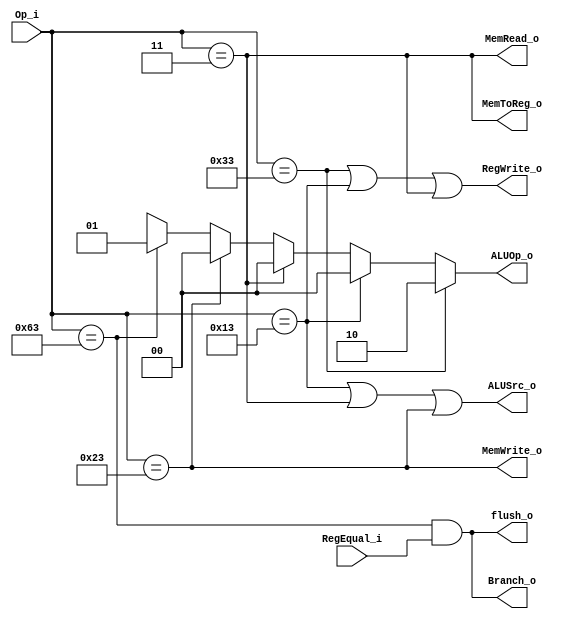
`define Rtype 7'b0110011
`define addi  7'b0010011
`define lw    7'b0000011
`define sw    7'b0100011
`define beq   7'b1100011

module Control
(
    Op_i,
    RegEqual_i,
	MemWrite_o,
	MemRead_o,
	MemToReg_o,
    ALUOp_o,
    ALUSrc_o,
    RegWrite_o,
	Branch_o,
	flush_o
);

// Ports
input [6:0] Op_i;
input RegEqual_i;
output MemWrite_o;
output MemRead_o;
output MemToReg_o;
output [1:0] ALUOp_o;
output ALUSrc_o;
output RegWrite_o;
output Branch_o;
output flush_o;

assign ALUSrc_o   = (Op_i == `addi || Op_i == `lw || Op_i == `sw);
assign MemToReg_o = (Op_i == `lw);
assign RegWrite_o = (Op_i == `Rtype || Op_i == `addi || Op_i == `lw);
assign MemWrite_o = (Op_i == `sw);
assign MemRead_o  = (Op_i == `lw);
assign Branch_o   = (Op_i == `beq && RegEqual_i);
assign flush_o    = (Op_i == `beq && RegEqual_i);
assign ALUOp_o    = (Op_i == `Rtype) ? 2'b10 :
                    (Op_i == `addi)  ? 2'b00 :
                    (Op_i == `lw)    ? 2'b00 :
                    (Op_i == `sw)    ? 2'b00 :
                    (Op_i == `beq)   ? 2'b01 :
                                       2'bxx;

endmodule